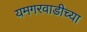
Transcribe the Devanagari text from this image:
यमगरवाडीच्या